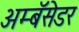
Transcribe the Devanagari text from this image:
अम्बॅसेडर